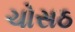
ચોસઠ